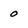
Character: o